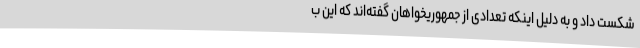
شکست داد و به دلیل اینکه تعدادی از جمهوریخواهان گفته‌اند که این ب